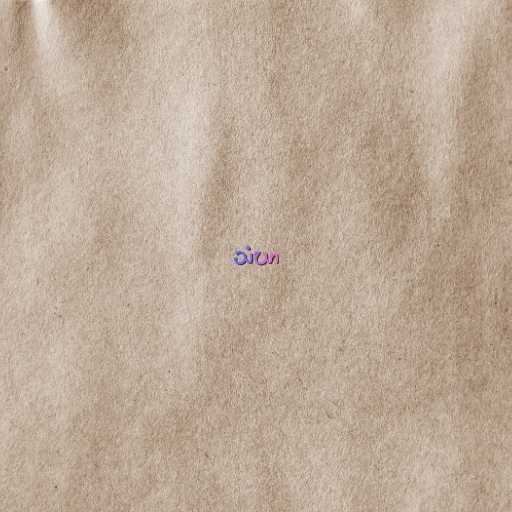
သံဃာ